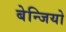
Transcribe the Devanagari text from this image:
बेन्जियो